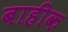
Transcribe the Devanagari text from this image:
बाहीक